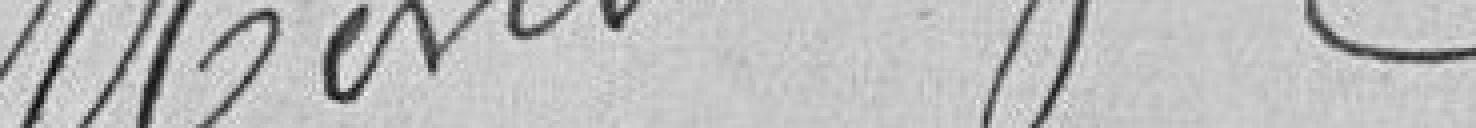
Monin G.